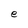
Character: e